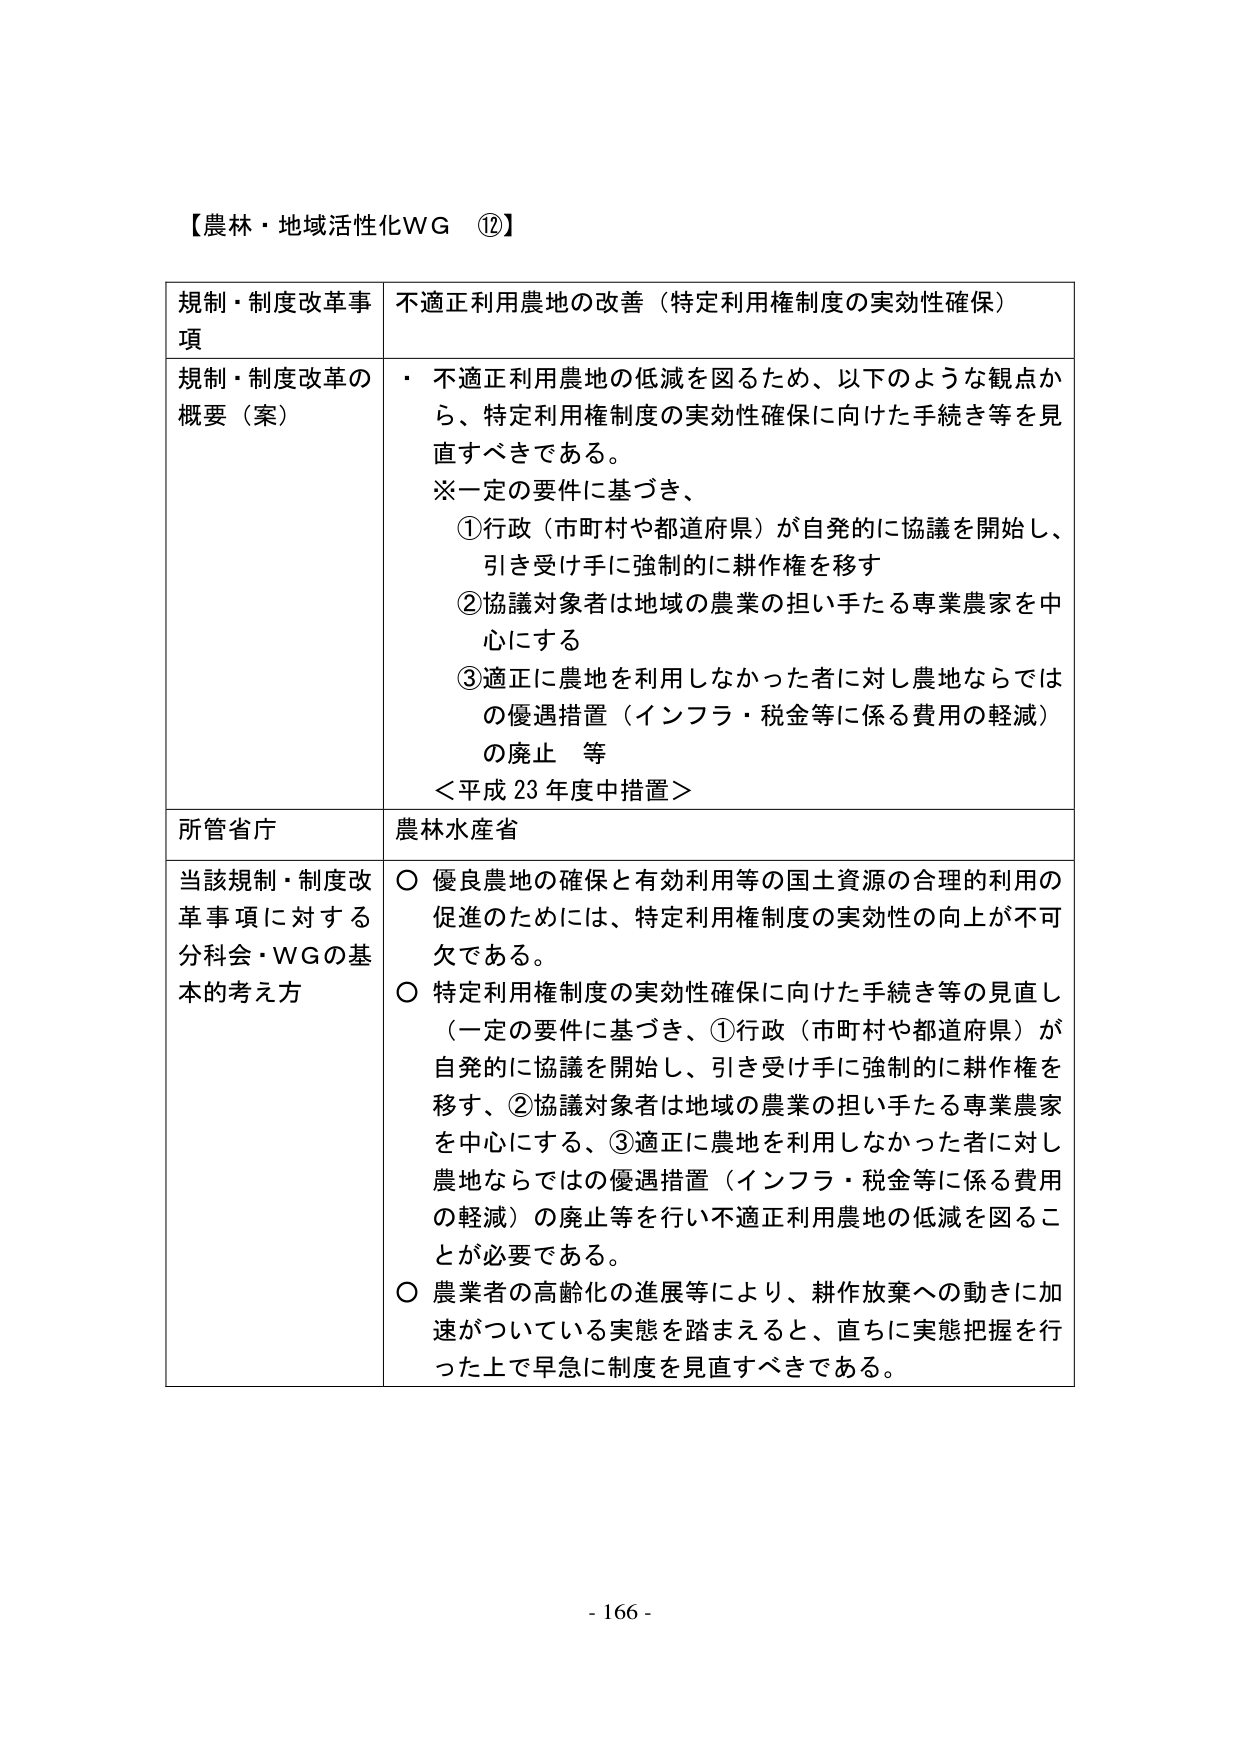
【農林・地域活性化WG ⑫】

規制・制度改革事項　不適正利用農地の改善（特定利用権制度の実効性確保）

規制・制度改革の概要（案）　・ 不適正利用農地の低減を図るため、以下のような観点から、特定利用権制度の実効性確保に向けた手続き等を見直すべきである。
※一定の要件に基づき、
　①行政（市町村や都道府県）が自発的に協議を開始し、引き受け手に強制的に耕作権を移す
　②協議対象者は地域の農業の担い手たる専業農家を中心にする
　③適正に農地を利用しなかった者に対し農地ならではの優遇措置（インフラ・税金等に係る費用の軽減）の廃止 等
＜平成23年度中措置＞

所管省庁　農林水産省

当該規制・制度改革事項に対する分科会・WGの基本的考え方　○ 優良農地の確保と有効利用等の国土資源の合理的利用の促進のためには、特定利用権制度の実効性の向上が不可欠である。
○ 特定利用権制度の実効性確保に向けた手続き等の見直し（一定の要件に基づき、①行政（市町村や都道府県）が自発的に協議を開始し、引き受け手に強制的に耕作権を移す、②協議対象者は地域の農業の担い手たる専業農家を中心にする、③適正に農地を利用しなかった者に対し農地ならではの優遇措置（インフラ・税金等に係る費用の軽減）の廃止等を行い不適正利用農地の低減を図ることが必要である。
○ 農業者の高齢化の進展等により、耕作放棄への動きに加速がついている実態を踏まえると、直ちに実態把握を行った上で早急に制度を見直すべきである。

- 166 -